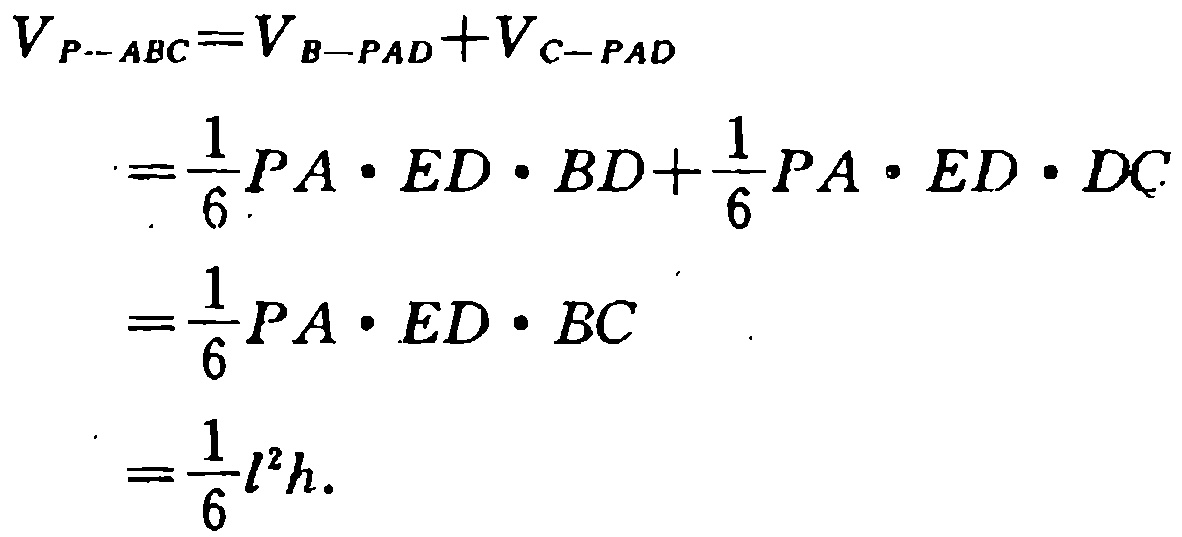
\[

\begin{align*}

V_{P - ABC}&=V_{B - PAD}+V_{C - PAD}\\

&=\frac{1}{6}PA\cdot ED\cdot BD+\frac{1}{6}PA\cdot ED\cdot DC\\

&=\frac{1}{6}PA\cdot ED\cdot BC\\

&=\frac{1}{6}l^{2}h.

\end{align*}

\]